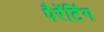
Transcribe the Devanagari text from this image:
पैरेंटिंग